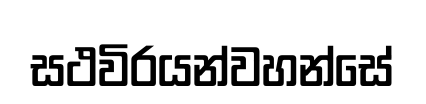
සථවිරයන්වහන්සේ